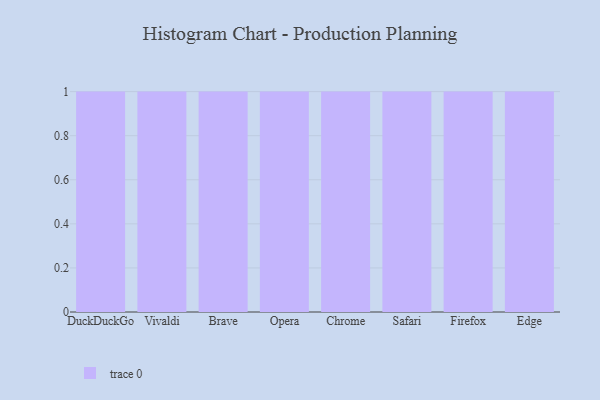
{"axis": {"x": "Browser", "y": "Operating Costs (USD K)"}, "legend": [""], "data": [{"x": "DuckDuckGo", "y": 85, "type": ""}, {"x": "Vivaldi", "y": 75, "type": ""}, {"x": "Brave", "y": 50, "type": ""}, {"x": "Opera", "y": 38, "type": ""}, {"x": "Chrome", "y": 1, "type": ""}, {"x": "Safari", "y": 44, "type": ""}, {"x": "Firefox", "y": 88, "type": ""}, {"x": "Edge", "y": 62, "type": ""}]}